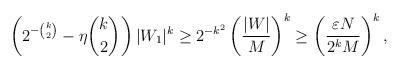
LaTeX: \begin{align*}\left(2^{-\binom k2}-\eta \binom k2\right)|W_1|^k \geq 2^{-k^2} \left( \frac{|W|}{M} \right) ^k \geq \left(\frac{ \varepsilon N}{2^k M}\right)^k,\end{align*}